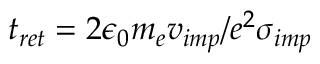
t _ { r e t } = 2 \epsilon _ { 0 } m _ { e } v _ { i m p } / e ^ { 2 } \sigma _ { i m p }